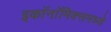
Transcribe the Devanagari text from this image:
इकाॅनाॅमिक्समध्ये